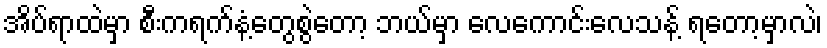
အိပ်ရာထဲမှာ စီးကရက်နံ့တွေစွဲတော့ ဘယ်မှာ လေကောင်းလေသန့် ရတော့မှာလဲ၊